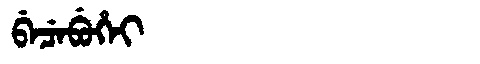
Manchu: ᠪᡝᠴᡝᠪᡠᡥᡝᡳ
Romanization: BECEBUHEI